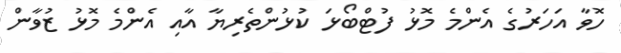
ހޮވާ އަހަރުގެ އެންމެ މޮޅު ފުޓްބޯޅަ ކުޅުންތެރިޔާ އާއި އެންމެ މޮޅު ޒުވާން